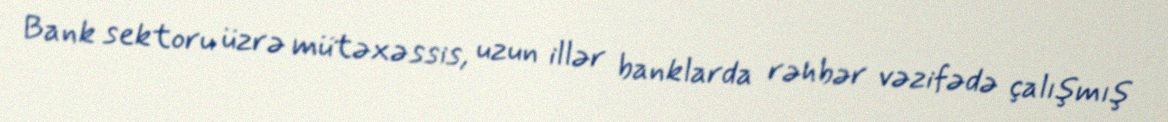
Bank sektoru üzrə mütəxəssis, uzun illər banklarda rəhbər vəzifədə çalışmış